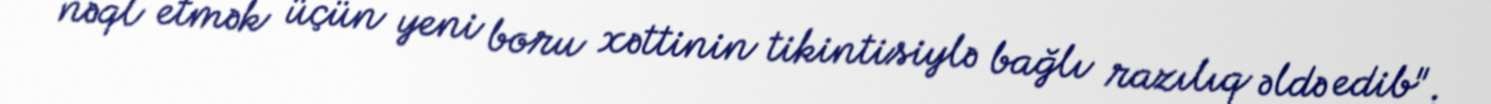
nəql etmək üçün yeni boru xəttinin tikintisiylə bağlı razılıq əldə edib".